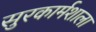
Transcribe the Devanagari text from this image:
सुरकार्मशाला